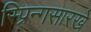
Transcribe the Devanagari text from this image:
स्प्रिन्गसारखे